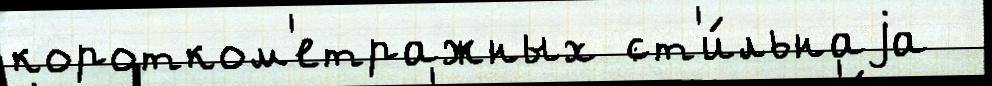
коротком'етражных ст'и́льнаjа